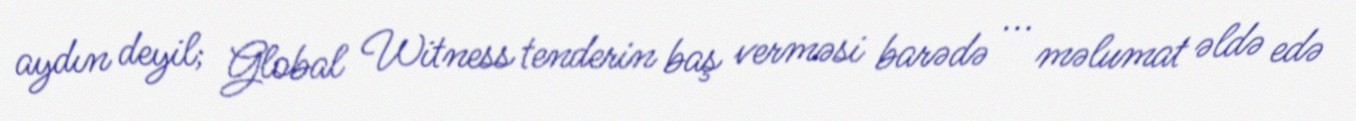
aydın deyil; Global Witness tenderin baş verməsi barədə ... məlumat əldə edə